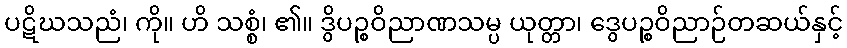
ပဋိဃသညံ၊ ကို။ ဟိ သစ္စံ၊ ၏။ ဒွိပဉ္စဝိညာဏသမ္ပ ယုတ္တာ၊ ဒွေပဉ္စဝိညာဉ်တဆယ်နှင့်